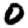
Digit: 0